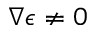
\nabla \epsilon \neq 0